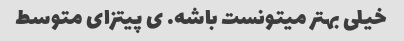
خیلی بهتر میتونست باشه. ی پیتزای متوسط